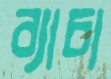
ব্যাচা